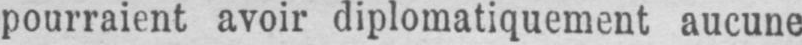
pourraient avoir diplomatiquement aucune